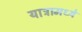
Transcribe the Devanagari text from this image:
यात्रामध्ये